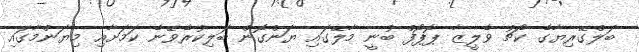
ބަލްގޭރިޔާގެ ކޯޗު ވެލީޒާ ޕޮޕޯފް ބުނީ މާލޭގައި ޔަންގޮން ބަލިކުރެވޭނެ ކަމަށާއި މިޔަންމާގައި